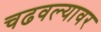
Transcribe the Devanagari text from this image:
चढवल्यावर